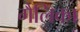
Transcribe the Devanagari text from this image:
गैलिका